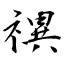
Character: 禩